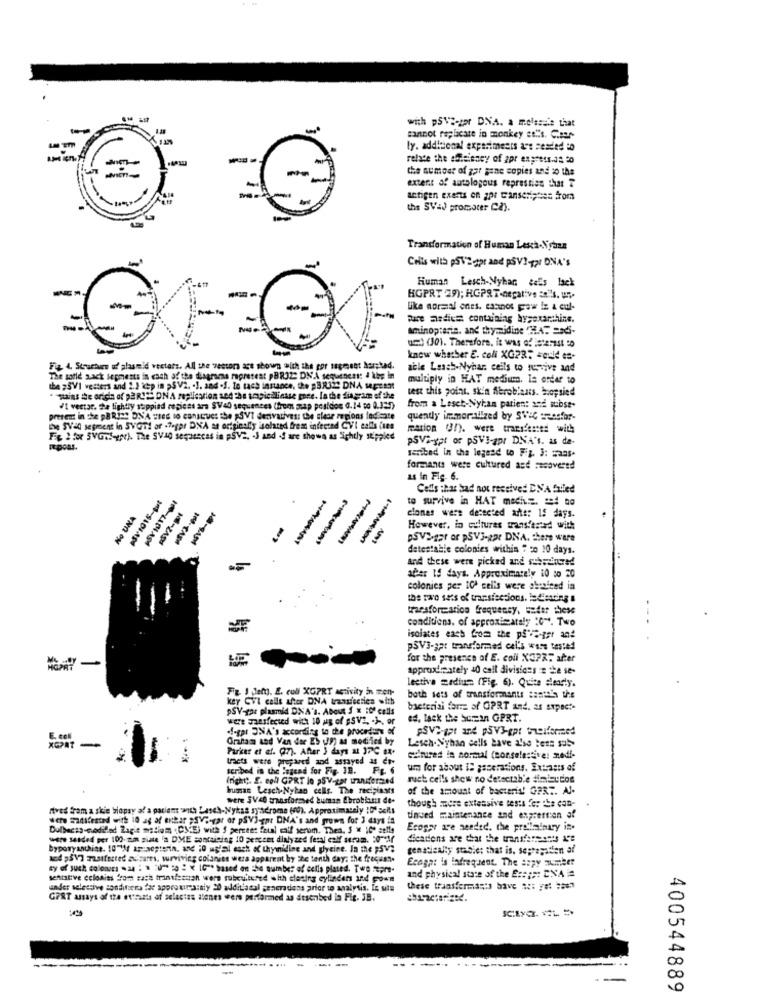
with pSVE-gor DNA. a melssale that
cannot replicate in monkey et''s. C.sar-
ly. additional experiments are Fesded to
relate the eficiency of 2pr express.42 20
the aumost of gar gane copies and to the
extent af autologous represties that T
antigen exerts en zor tanscriptes from
the SVAd promoter Ca).
Transformation of Human Lesch-Nyhan
Cells with p512gpt and psVI-gar DNA's
Human Lesch-Nyhar. ¿ eEs lack
KGPRT 29); HGPRT-negative ='S. U.
like normal ones. cannot paw iz a cul-
pure andice contuining bysexarthine.
Aminoptarin. and thymidine "HAT andS-
ue) (301. Therefore, it was of 5:21st "
knew whether E. coli XG23: = cuid te-
F& 4. Strachues of plasmid vectors. All the vectors are shown with the gor sagreset harstad.
able Lasch-Nyhar, cells to survive and
The sofie sack sepments in each of the diagramas rapretest pBRJZ: DN'A sequeness: 4 the In
multiply in HAT medium. In order to
the "SVI vesters and 2.1 ichp in >SV2. . ], and .1. lo tach instance, the pBR32 DNA upsamt
test this point, skin fibroblasts. biopsied
"stains te origin of paRIES DNA replication and the tragicillinase gore. la the diagram of the
#1 vector. he lightly stippind regicas ars SVad sequences (hrom map posldos 0.14 50 0.199)
from a Lesch-Nyhan patient and subst.
present in che pBRIss DNA Hies to construct the SVT derivatives: the shar regions fedicate
quently immoralzed by SVEC seesfor-
De SVal segment in SVOTI or .7ogpr DNA as originally isolated fremt infected CVI calls (tes
mation (37). were transfested with
F& # for SYGrs-pt). The SVAG segasecas in pSV2, 3 and .S are shown as Sightly stippied
PSVi-gpl or p5V3-apr DNA's. as de.
geribad in the legend to Fig. 3: maas-
formants were cultured and recovered
us In Fig. 6.
Cells that bad not received DNA failed
to survive in HAT macht. sed no
No UNA
clones were detected arte: 15 days.
However, in cultures wranstarted with
1-SIDIAS
110-LASIASH
DSV>-sat or PSV3-ge DNA, there were
detestable colonies within " co 20 days.
And these were picked and subeslured
aber IS days. Approximately 10 so 20
colonies per 10' cells were shifted in
the two sets of transfections. Ending s
transformation frequency, under these
conditions. of approximately :0". Two
isolates each from the på'la-gor and
PSV3-gar transformed cel's were tested
for the presence of E. coll X37%" after
approximately 40 call divisions == the se-
lectiva medium (Fig. 6). Quite alearly.
Ft I demt. E. cud XGPRT activity in men-
KEY CVI calls after DNA tranuiccties with
both sets of transformantt :antsin the
PSV-gor plasmid DNA's. About $ x :0" cells
bacterial farm of GPRT and. as suspect-
were maasfected with 10 mg of gsVs. . ) -, or
es, lack the buran GPRT.
« !- gar INA's according to the procedure
Grahama and Van der ES (39) as modified by
Lesch-Nyhan cells have a'se tets sub-
Parker et al. (27). After 3 days a 17℃ sx.
**
trets were prepared and assayed as de-
cultures in normal (consolestive: medi-
scribed in the legend for Fig. 18. FE. 6
FE
um for about IS generations. Extrasts of
ruct cells show no detectable diminutos
human Lesch-Nyban cells. The recipinyts
of the amount of bacteria! GERT. Al-
were 5V40 transformed buman Ebroblasts de-
though :more extensive tests for "La con-
rtved from a skie biopsy a! a pariant with Lasch-Nykas syndrome (rd). Approximately :D" seils
ucho Seifested with 10 ag of either ;SVirar or pSV)-ar DNA's and grows for 3 days in
tinced maintenance and expression af
Dulbacss-codillod Zapie matiom . CI(E) with S percent feu calf serum. Thea. S " 10" selle
Ecogar are needed. the preliminary in.
were sesded per 100- aun siate 'a DME containing 10 percent dialyzed feral calf seram. : 0"Af
dieations are that the transfermen's Are
byporyanthine. 10"M ar-segterin, and i0 ujfal each of thymidine and glycine. In the FSV;
genatically stabiet that is. sepragadien af
ac4 5V] massfected avisares, surviving colonies wera apparent by the tenth day; the frecust.
Ecagp: is lafreqsent. The #zzy aumeer
sy of such colonnes was : > um so " IGr based on the number of cells plated. Two topre-
sentative celoaits from each transfezcan were rubcultured with clasing cylinders and Foam
and physical state of the E ::::: DNA =
under selessive conditions for approxurra:aly 20 additional generations prior to analysis. Is site
these transfermasts bave # :: ## #267
GERT assays of the extraata of selectas alene were performed as described in Fig. JB.
400544889